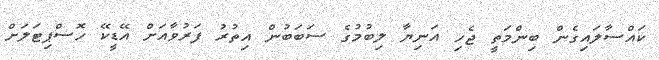
ކައްސާލައިގެން ބިންމަތީ ޖެހި އަނިޔާ ލިބުމުގެ ސަބަބުން އިތުރު ފަރުވާއަށް އޭޑީކޭ ހޮސްޕިޓަލަށް